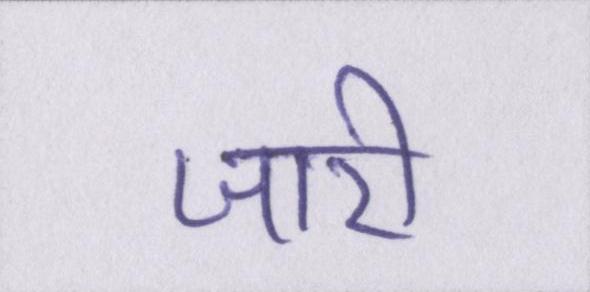
जारी